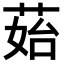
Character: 𦰯